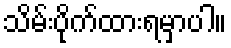
သိမ်းပိုက်ထားရမှာပါ။